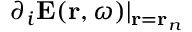
\partial _ { i } \mathbf { E } ( \mathbf { r } , \omega ) | _ { \mathbf { r } = \mathbf { r } _ { n } }